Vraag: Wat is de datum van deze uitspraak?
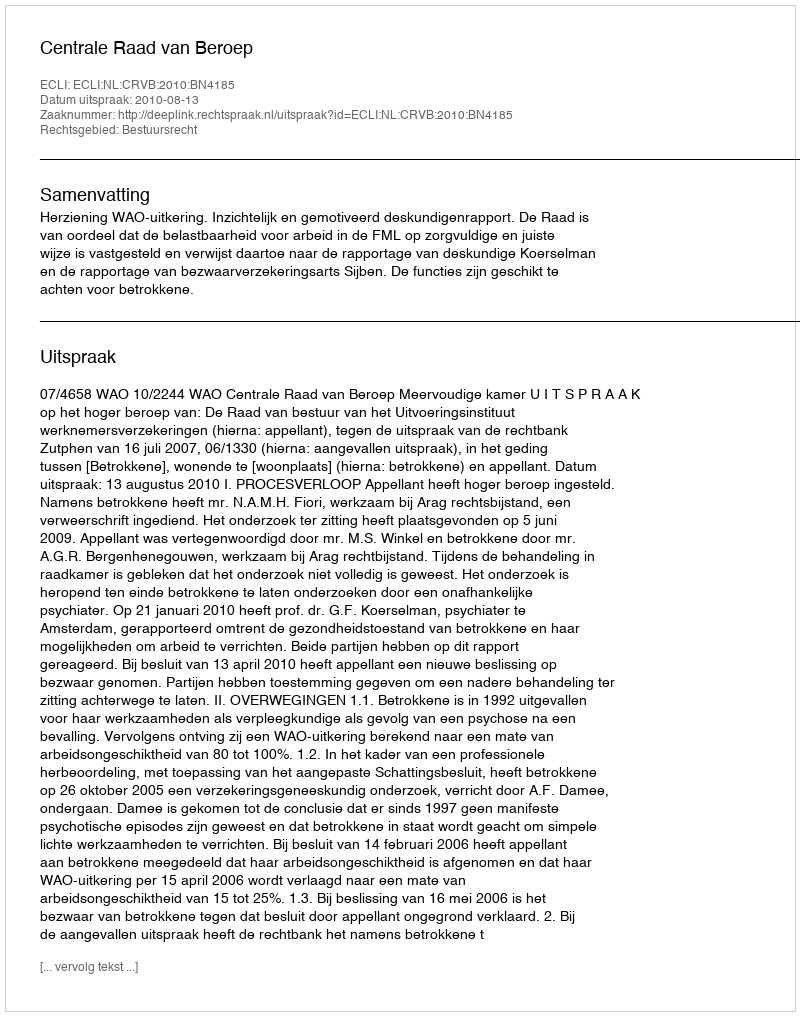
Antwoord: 2010-08-13